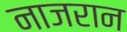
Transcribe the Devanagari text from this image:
नाजरान